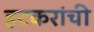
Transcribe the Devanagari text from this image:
हटकरांची